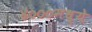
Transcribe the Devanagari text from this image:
४०००मध्ये